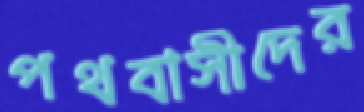
পথবাসীদের